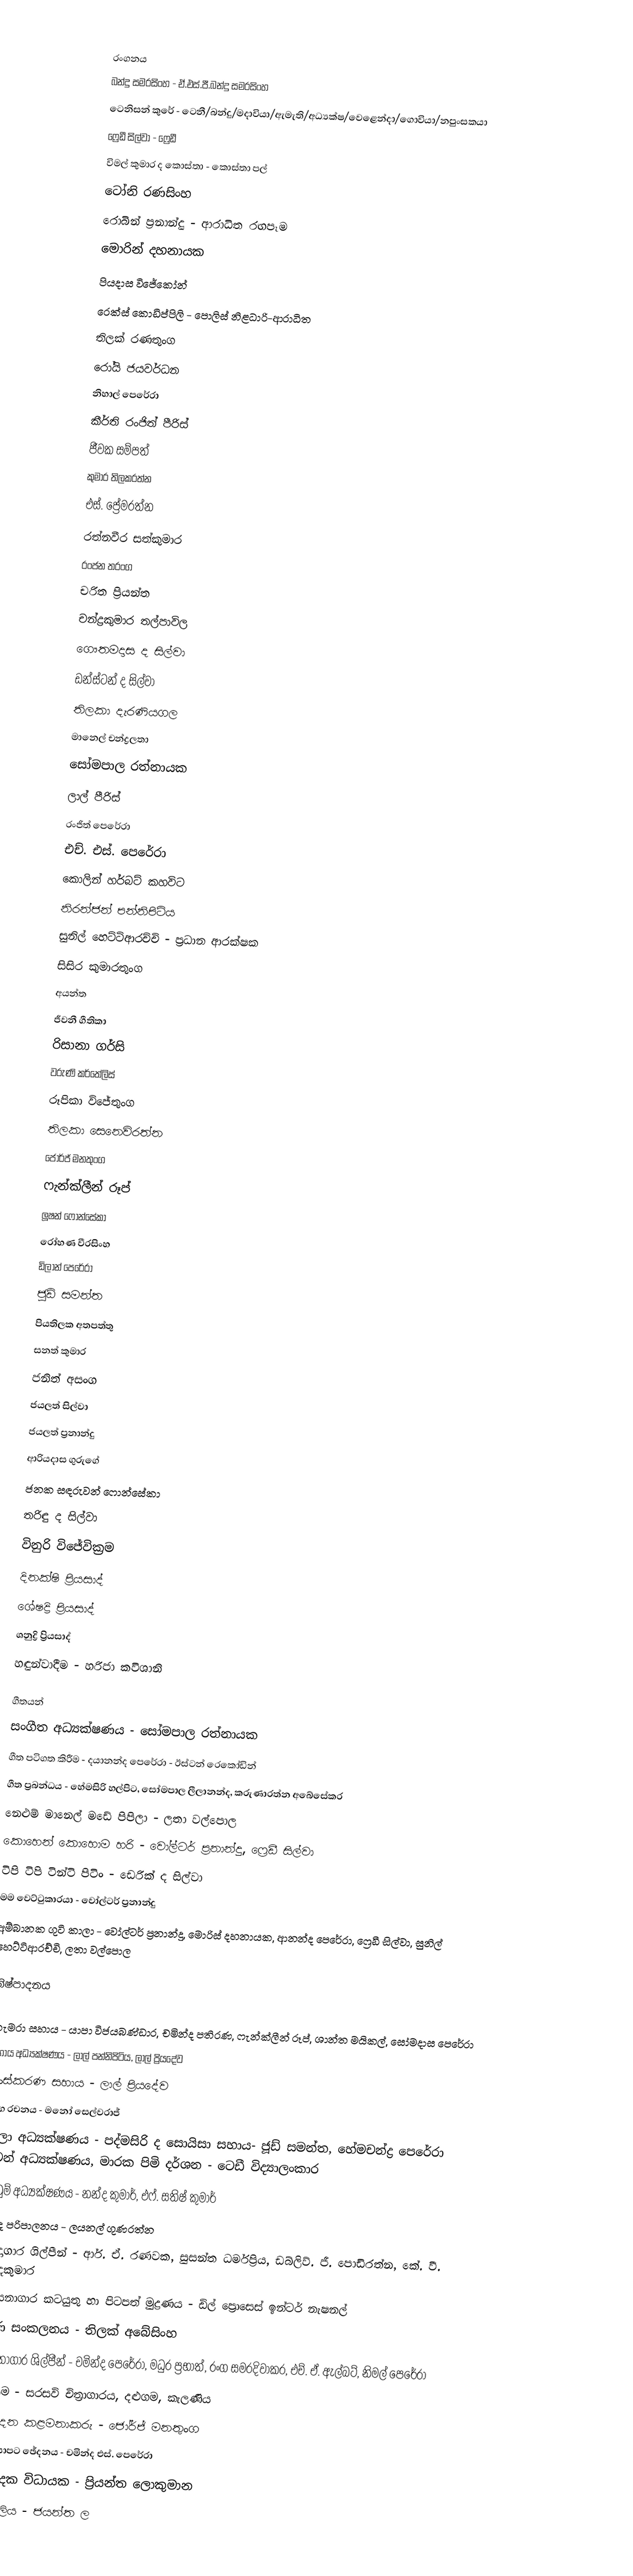

රංගනය
බන්දු සමරසිංහ - ඒ.එස්.පී.බන්දු සමරසිංහ
ටෙනිසන් කුරේ - ටෙනී/බන්දු/මදාවියා/ඇමැති/අධ්‍යක්ෂ/වෙළෙන්දා/ගොවියා/නපුංසකයා
ෆ්‍රෙඩී සිල්වා - ෆ්‍රෙඩී
විමල් කුමාර ද කොස්තා - කොස්තා පල්
ටෝනි රණසිංහ
රොබින් ප්‍රනාන්දු - ආරාධිත රඟපෑම
මොරින් දහනායක
පියදාස විජේකෝන්
රෙක්ස් කොඩිප්පිලි - පොලිස් නිළධාරි-ආරාධිත
තිලක් රණතුංග
රෝයි ජයවර්ධන
නිහාල් පෙරේරා
කීර්ති රංජිත් පීරිස්
ජීවක සම්පත්
කුමාර තිලකරත්න
එස්. ප්‍රේමරත්න
රත්නවීර සත්කුමාර
රංජන තරංග
චරිත ප්‍රියන්ත
චන්ද්‍රකුමාර තල්පාවිල
ගෞතමදාස ද සිල්වා
ඩන්ස්ටන් ද සිල්වා
තිලකා දැරණියගල
මානෙල් චන්ද්‍රලතා
සෝමපාල රත්නායක
ලාල් පීරිස්
රංජිත් පෙරේරා
එච්. එස්. පෙරේරා
කොලින් හර්බට් කහවිට
නිරන්ජන් පන්නිපිටිය
සුනිල් හෙට්ටිආරච්චි - ප්‍රධාන ආරක්ෂක
සිසිර කුමාරතුංග
අයන්ත
ජීවනී ගීතිකා
රිසානා ගර්සි
වරුණි කර්තේලිස්
රූපිකා විජේතුංග
තිලකා සෙනෙවිරත්න
ජෝර්ජ් මනතුංග
ෆැන්ක්ලීන් රූප්
ලූෂන් ෆොන්සේකා
රෝහණ වීරසිංහ
ඩිලාන් පෙරේරා
ජූඩ් සමන්ත
පියතිලක අතපත්තු
සනත් කුමාර
ජනිත් අසංග
ජයලත් සිල්වා
ජයලත් ප්‍රනාන්දු
ආරියදාස ගුරුගේ
ජනක සඳරුවන් ෆොන්සේකා
තරිඳු ද සිල්වා
විනුරි විජේවික්‍රම
දිනක්ෂි ප්‍රියසාද්
ශේෂද්‍රි ප්‍රියසාද්
ශනුද්‍රි ප්‍රියසාද්
හඳුන්වාදීම - හරිජා කවිශානි

ගීතයන්
සංගීත අධ්‍යක්ෂණය - සෝමපාල රත්නායක
ගීත පටිගත කිරීම - දයානන්ද පෙරේරා - ඊස්ටන් රෙකෝඩින්
ගීත ප්‍රබන්ධය - හේමසිරි හල්පිට, සෝමපාල ලීලානන්ද, කරුණාරත්න අබේසේකර
නෙළුම් මානෙල් මඩේ පිපිලා - ලතා වල්පොල
කොහෙන් කොහොම හරි - වෝල්ටර් ප්‍රනාන්දු, ෆ්‍රෙඩී සිල්වා
ටිපි ටිපි ටින්ටි පිටිං - ඩෙරික් ද සිල්වා
මම වෙට්ටුකාරයා - වෝල්ටර් ප්‍රනාන්දු
අම්බානක ගුටි කාලා - වෝල්ටර් ප්‍රනාන්දු, මොරිස් දහනායක, ආනන්ද පෙරේරා, ෆ්‍රෙඩී සිල්වා, සුනිල් හෙට්ටිආරච්චි, ලතා වල්පොල

නිෂ්පාදනය

කැමරා සහාය - යාපා විජයබණ්ඩාර, චමින්ද පතිරණ, ෆැන්ක්ලීන් රූප්, ශාන්ත මයිකල්, සෝමදාස පෙරේරා
සහාය අධ්‍යක්ෂණය - ලාල් පන්නිපිටිය, ලාල් ප්‍රියදේව
සංස්කරණ සහාය - ලාල් ප්‍රියදේව
අංග රචනය - මනෝ සෙල්වරාජ්
කලා අධ්‍යක්ෂණය - පද්මසිරි ද සොයිසා සහාය- ජූඩ් සමන්ත, හේමචන්ද්‍ර පෙරේරා සටන් අධ්‍යක්ෂණය, මාරක පිමි දර්ශන - ටෙඩී විද්‍යාලංකාර
නැටුම් අධ්‍යක්ෂණය - නන්ද කුමාර්, එෆ්. සතිෂ් කුමාර්
ශබ්ද පරිපාලනය - ලයනල් ගුණරත්න
ශබ්දාගාර ශිල්පීන් - ආර්. ඒ. රණවක, සුසන්ත ධර්මප්‍රිය, ඩබ්ලිව්. ජී. පොඩිරත්න, කේ. වී. නන්දකුමාර
රසායනාගාර කටයුතු හා පිටපත් මුද්‍රණය - ඩිල් ප්‍රොසෙස් ඉන්ටර් නැෂනල්
වර්ණ සංකලනය - තිලක් අබේසිංහ
රසායනාගාර ශිල්පීන් - චමින්ද පෙරේරා, මධුර ප්‍රභාත්, රංග සමරදිවාකර, එච්. ඒ. ඇල්බට්, නිමල් පෙරේරා
සැකසුම - සරසවි චිත්‍රාගාරය, දළුගම, කැලණිය
නිෂ්පාදන කළමනාකරු - ජෝර්ජ් මනතුංග
දළ සේයාපට ඡේදනය - චමින්ද එස්. පෙරේරා
නිෂ්පාදක විධායක - ප්‍රියන්ත ලොකුමාන
නාමාවලිය - ජයන්ත ල